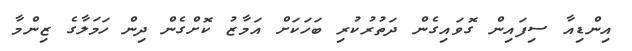
އިންޑިއާ ސިފައިން ގޮވައިގެން ދަތުރުކުރި ބަހަކަށް އަމާޒު ކޮށްގެން ދިން ހަމަލާގެ ޒިންމާ